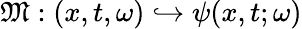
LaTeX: \mathfrak{M}:(x,t,\omega)\hookrightarrow\psi({x},t;\omega)